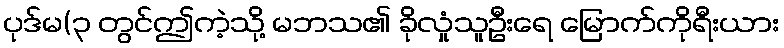
ပုဒ်မ(၃ တွင်ဤကဲ့သို့ မဘသ၏ ခိုလှုံသူဦးရေ မြောက်ကိုရီးယား